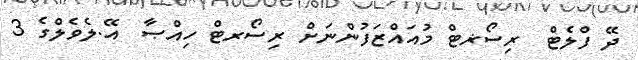
ދޭ ފްލެޓް  ރިސޯޜޓް މުއައްޒަފުންނަށް ރިސޯރޓް ހިއްޞާ  އޭ.ލެވެލްގެ 3